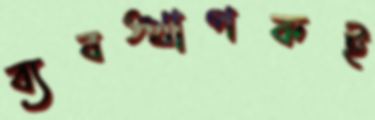
ব্যবস্থাপকই